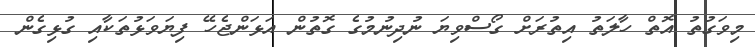
މިވަގުތު އޮތް ހާލަތު އިތުރަށް ގޯސްވިޔަ ނުދިނުމުގެ ގޮތުން އަޅަންޖެހޭ ފިޔަވަޅުތަކާއި ގުޅިގެން